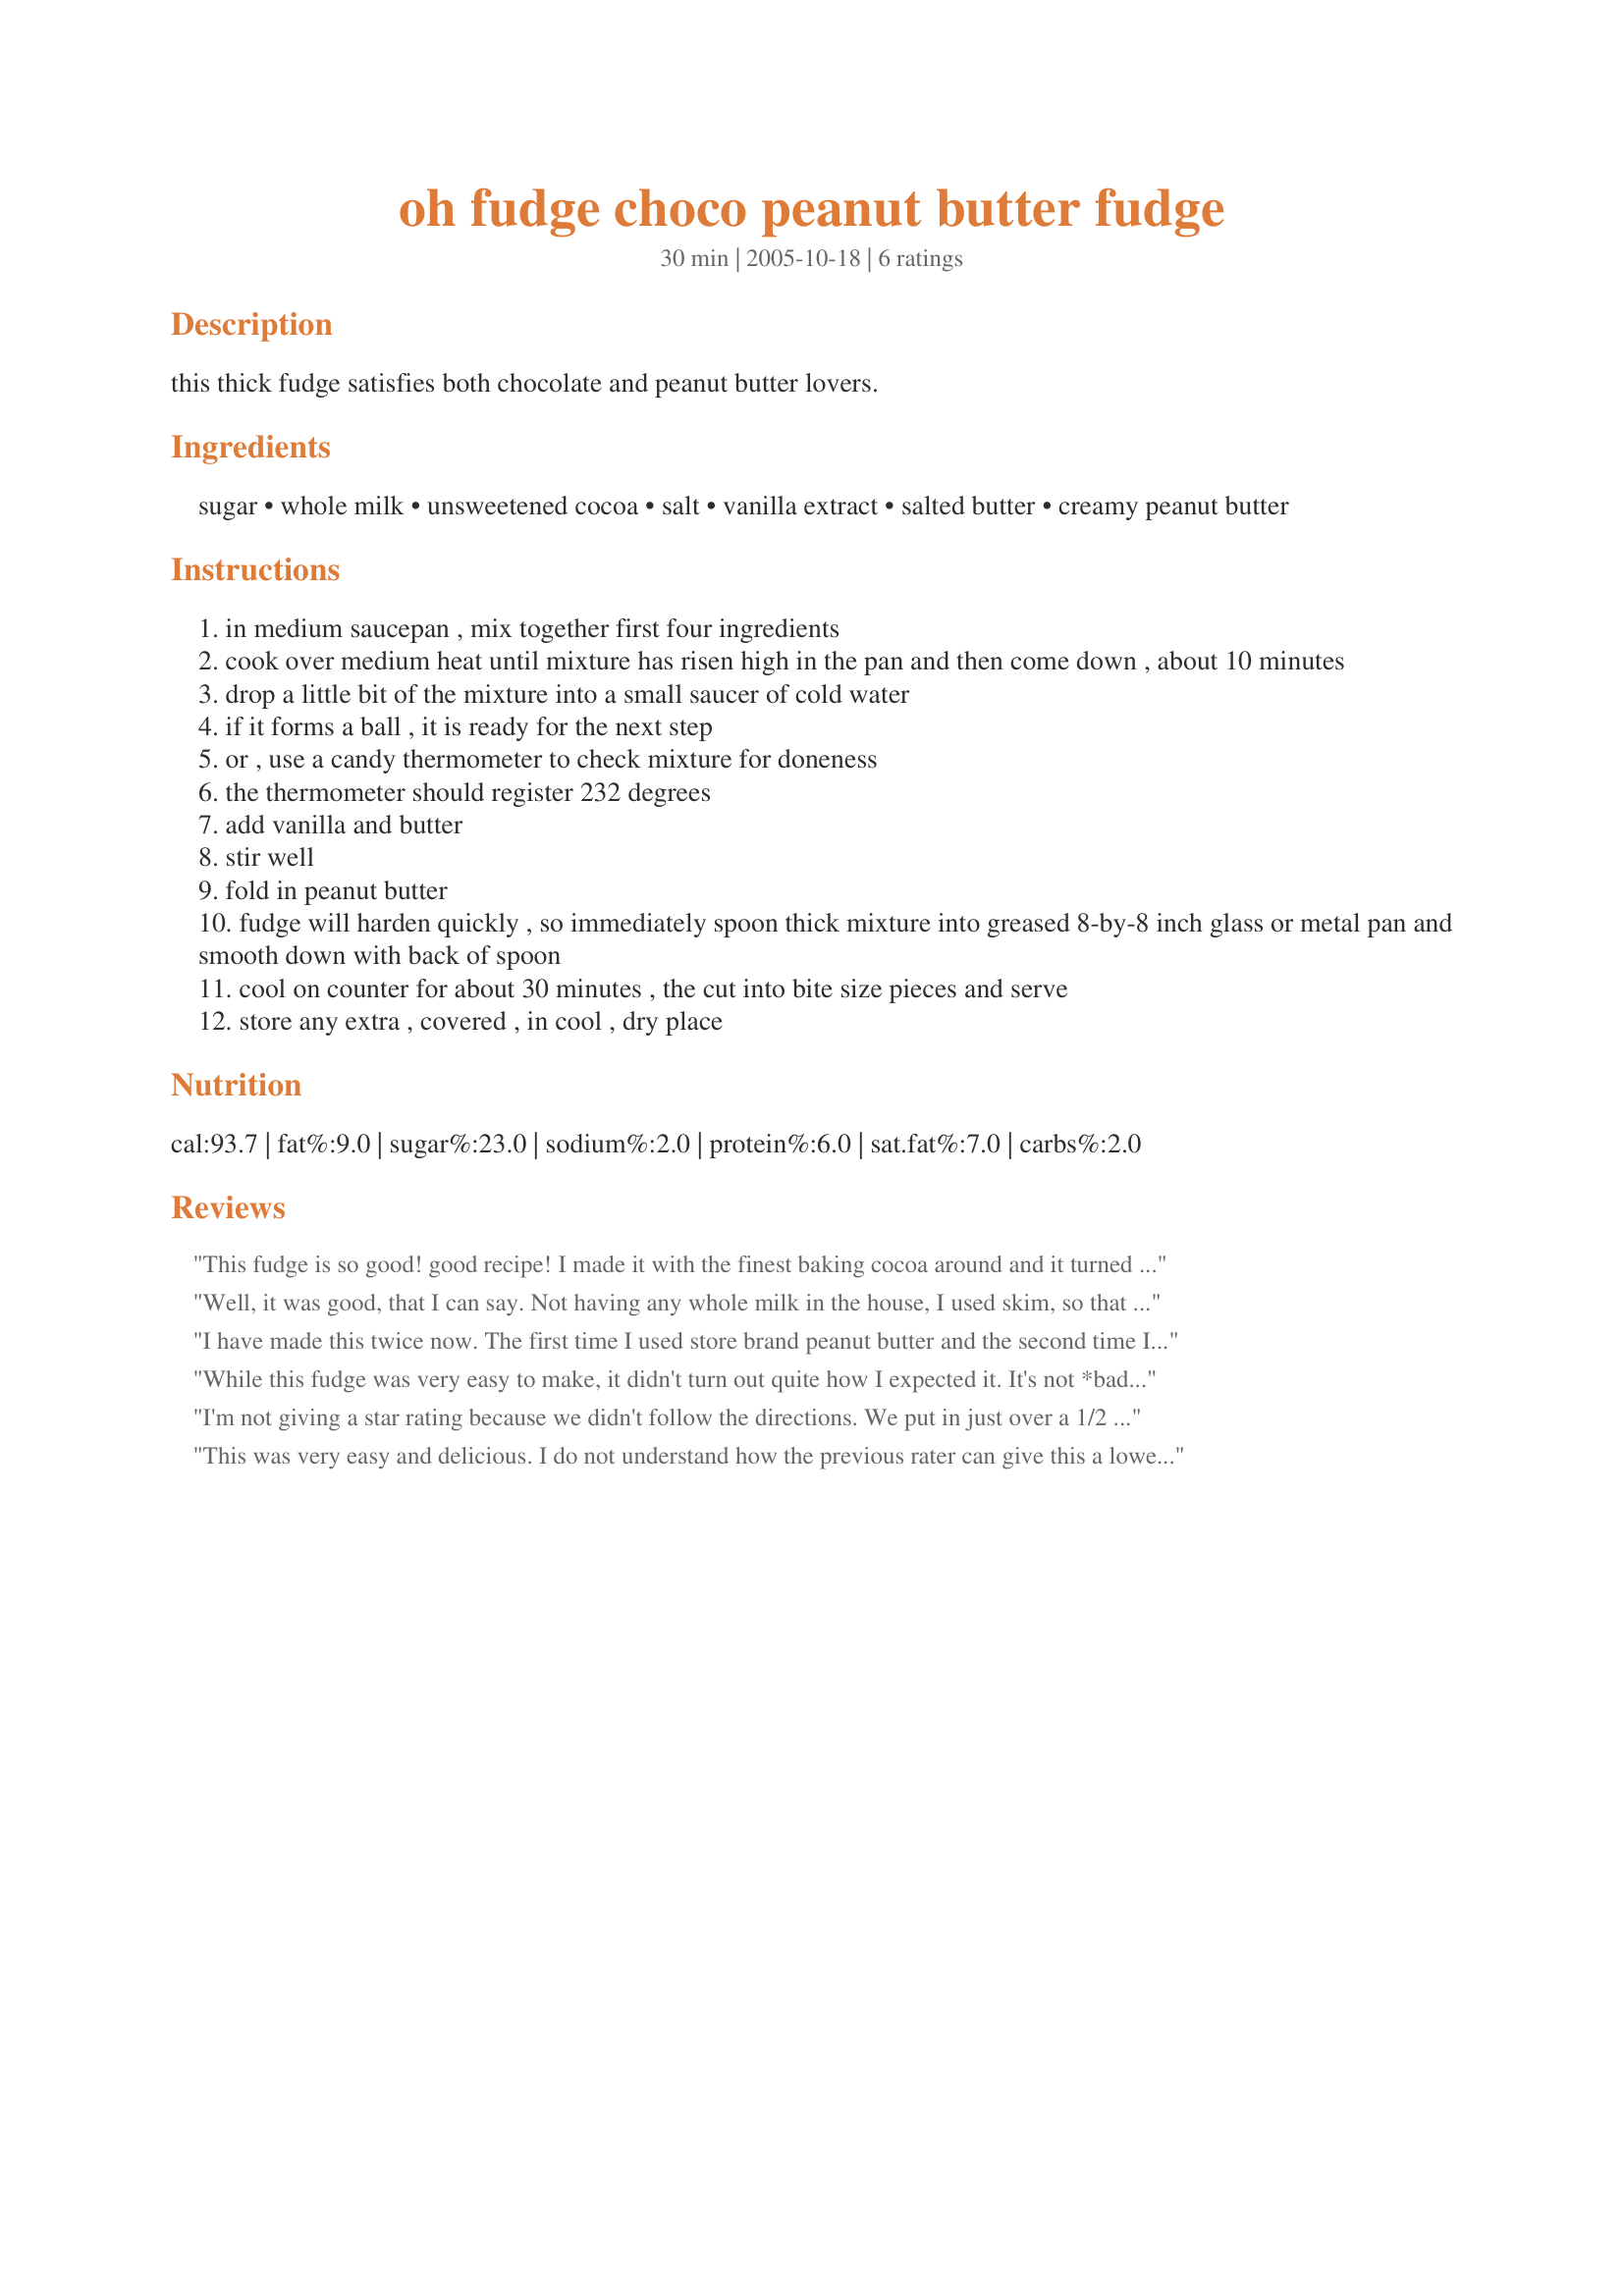
oh fudge choco peanut butter fudge
Preparation time: 30 minutes

this thick fudge satisfies both chocolate and peanut butter lovers.

Ingredients:
sugar, whole milk, unsweetened cocoa, salt, vanilla extract, salted butter, creamy peanut butter

Steps:
in medium saucepan , mix together first four ingredients
cook over medium heat until mixture has risen high in the pan and then come down , about 10 minutes
drop a little bit of the mixture into a small saucer of cold water
if it forms a ball , it is ready for the next step
or , use a candy thermometer to check mixture for doneness
the thermometer should register 232 degrees
add vanilla and butter
stir well
fold in peanut butter
fudge will harden quickly , so immediately spoon thick mixture into greased 8-by-8 inch glass or metal pan and smooth down with back of spoon
cool on counter for about 30 minutes , the cut into bite size pieces and serve
store any extra , covered , in cool , dry place

Reviews:
This fudge is so good! good recipe! I made it with the finest baking cocoa around and it turned out so good.I only will add this ,make sure you stir the last 3 ingredients fast and pour fast into buttered pan because it does set rather quickly..It is so decadent though! easy to make too....
Well, it was good, that I can say. Not having any whole milk in the house, I used skim, so that may have affected how it turned out. While it was quite good (my husband and daughter loved it), I only give it 4 out of 5 stars because it wasn't really fudge to me - the consistency was a bit off and it wasnt as creamy as I expected. Again, that might be my fault. I'm sure I'll try it again sometime and re-review if it turns out differently with the whole milk.
I have made this twice now. The first time I used store brand peanut butter and the second time I used Kraft and both times everyone who tried it loved it. Many of the ones who asked me for the recipe were shocked to discover there was no fluff in it as it came out so smooth and creamy.
If you like more of a chocolate flavor just add more cocoa or maybe try to substitute the cocoa with chocolate chips.
As far as I am concerned, it's great the way it is.
Thanks for this recipe.
While this fudge was very easy to make, it didn't turn out quite how I expected it. It's not *bad* but it doesn't have much of a chocolate flavor and turned out a little bit dry. If I make this recipe again, I will cook the mixture a bit less that this time (I cooked more than the 10 minutes that was recommended) and will use the recommended Jif brand peanut butter - skippy does NOT taste good!
I'm not giving a star rating because we didn't follow the directions. We put in just over a 1/2 cup of peanut butter & loved it. It came out just how we like it, perfect amount of peanut butter taste. I couldn't find my recipe & this was pretty much it with the exception of the amount of peanut butter.
This was very easy and delicious. I do not understand how the previous rater can give this a lower rating when they cooked it longer than directed and used different ingredients than directed. A+ recipe. My four kids loved it!!
